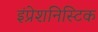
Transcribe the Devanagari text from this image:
इंप्रेशनिस्टिक